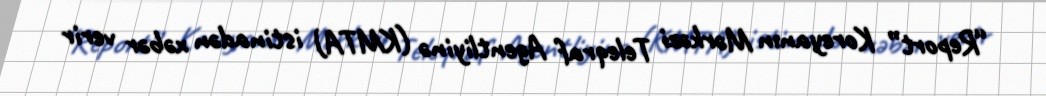
“Report” Koreyanın Mərkəzi Teleqraf Agentliyinə (KMTA) istinadən xəbər verir